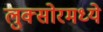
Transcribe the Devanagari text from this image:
लुक्सोरमध्ये